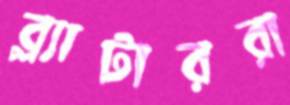
ব্ল্যাটাররা